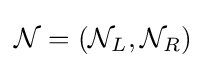
{\mathcal {N}}=({\mathcal {N}}_{L},{\mathcal {N}}_{R})